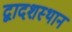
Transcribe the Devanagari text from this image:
द्वादशस्थान